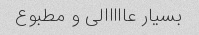
بسیار عااااالی و مطبوع